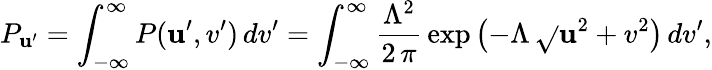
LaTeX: P_{\mathbf{u}^{\prime}}=\int_{-\infty}^{\infty}P(\mathbf{u}^{\prime},v^{\prime})\, dv^{\prime}=\int_{-\infty}^{\infty}\frac{{\Lambda^{2}}}{{2\, \pi}}\, \exp{\left(-\Lambda\, \sqrt{}{{\mathbf{u}^{2}+v^{2}}}\right)}\, dv^{\prime},